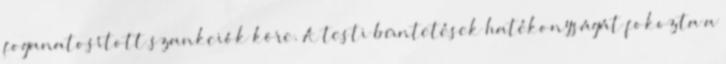
foganatosított szankciók köre. A testi büntetések hatékonyságát fokozta a